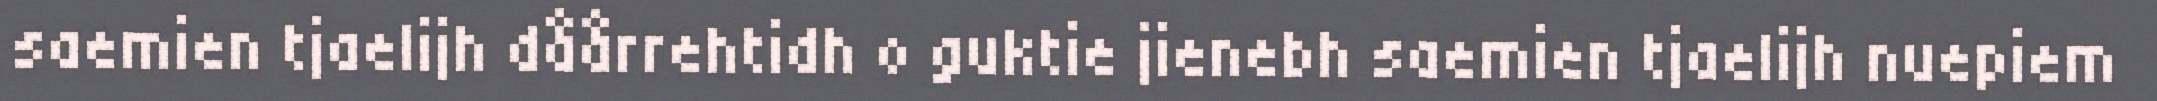
saemien tjaelijh dåårrehtidh o guktie jienebh saemien tjaelijh nuepiem